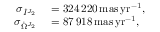
\begin{array} { r l } { \sigma _ { \dot { I } ^ { J _ { 2 } } } } & { { } = 3 2 4 \, 2 2 0 \, \mathrm { m a s \, y r } ^ { - 1 } , } \\ { \sigma _ { \dot { \Omega } ^ { J _ { 2 } } } } & { { } = 8 7 \, 9 1 8 \, \mathrm { m a s \, y r } ^ { - 1 } , } \end{array}